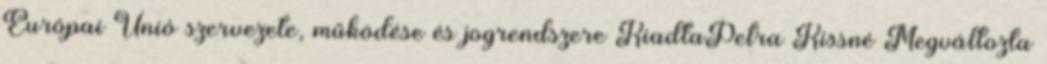
Európai Unió szervezete, működése és jogrendszere KiadtaPetra Kissné Megváltozta